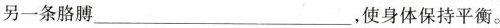
另一条胳膊___，使身体保持平衡。